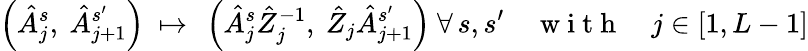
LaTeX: \left(\hat{A}_{j}^{s},\ \hat{A}_{j+1}^{s^{\prime}}\right)\ \mapsto\ \left(\hat{A}_{j}^{s}\hat{Z}_{j}^{-1},\ \hat{Z}_{j}\hat{A}_{j+1}^{s^{\prime}}\right)\ \forall\, {s,s^{\prime}}\quad\mathrm{~w~i~t~h~}\quad j\in[1,L-1]